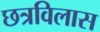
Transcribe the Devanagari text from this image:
छत्रविलास